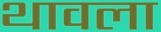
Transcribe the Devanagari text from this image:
थावला